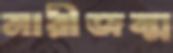
নারীজন্ম